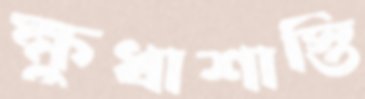
ক্ষুধাশাস্তি